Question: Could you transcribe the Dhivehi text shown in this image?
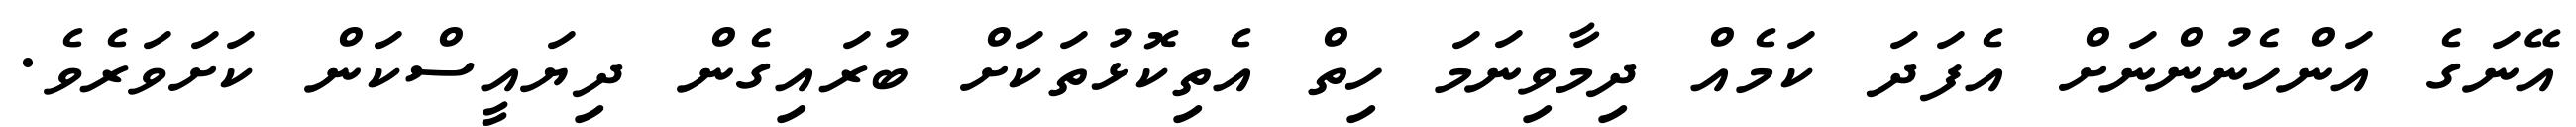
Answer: އޭނަގެ އަންހެނުންނަށް އެފަދަ ކަމެއް ދިމާވިނަމަ ހިތް އެތިކޮޅުތަކަށް ބުރައިގެން ދިޔައީސްކަން ކަށަވަރެވެ.